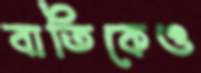
বাতিকেও